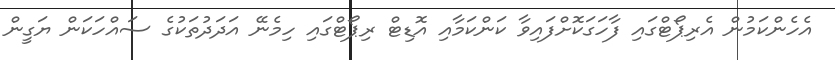
އެހެންކަމުން އެރިޕޯޓްގައި ފާހަގަކޮށްފައިވާ ކަންކަމާއި އޮޑިޓް ރިޕޯޓްގައި ހިމެނޭ އަދަދުތަކުގެ ސައްހަކަން ޔަގީން